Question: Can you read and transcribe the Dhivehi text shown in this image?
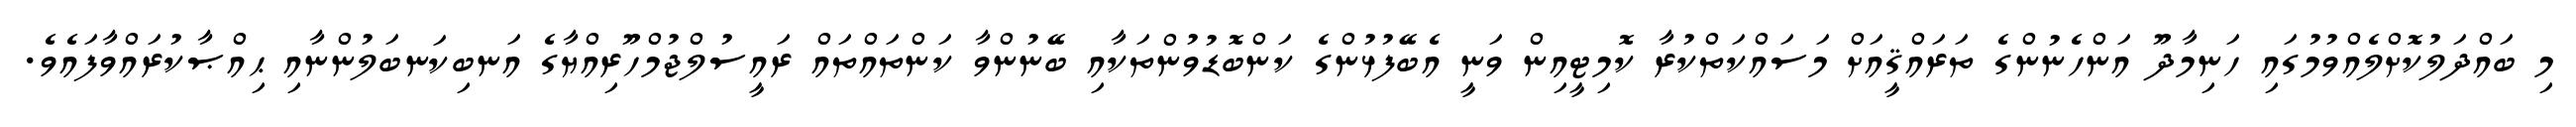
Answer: މި ބައްދަލުކޮށްލެއްވުމުގައި ހަނިމާދޫ އަންހެނުންގެ ތަރައްޤީއަށް މަސައްކަތްކުރާ ކޮމިޓީއިން ވަނީ އެބޭފުޅުންގެ ކަންބޮޑުވުންތަކާއި ބޭނުންވާ ކަންތައްތައް ރައީސުލްޖުމްހޫރިއްޔާގެ އަނބިކަނބަލުންނާއި ޙިއްޞާކުރައްވާފައެވެ.